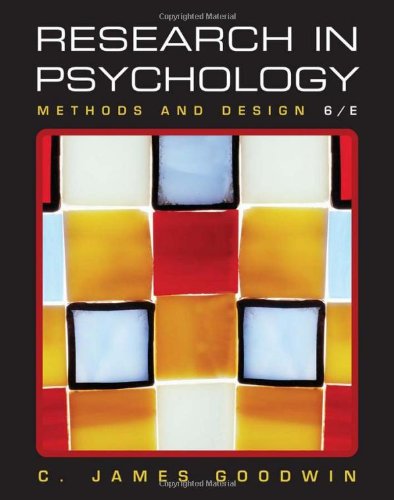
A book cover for Research In Psychology: Methods and Design; C. James Goodwin; Medical Books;